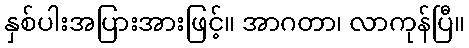
နှစ်ပါးအပြားအားဖြင့်။ အာဂတာ၊ လာကုန်ပြီ။